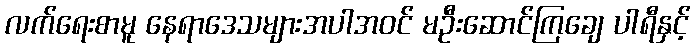
လက်ရေးစာမူ နေရာဒေသများအပါအဝင် မဦးဆောင်ကြချေ ပါရီနှင့်